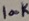
Text: 100K